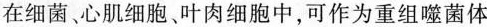
在细菌、心肌细胞叶肉细胞中，可作为重组噬菌体